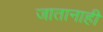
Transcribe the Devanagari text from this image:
जातानाही